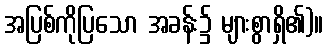
အပြစ်ကိုပြသော အခန်း၌ များစွာရှိ၏)။